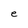
Character: e